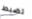
تضبط